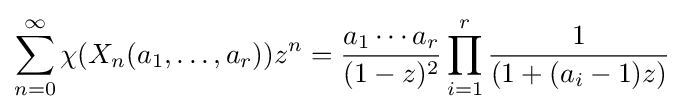
\sum _{n=0}^{\infty }\chi (X_{n}(a_{1},\ldots ,a_{r}))z^{n}={\frac {a_{1}\cdots a_{r}}{(1-z)^{2}}}\prod _{i=1}^{r}{\frac {1}{(1+(a_{i}-1)z)}}